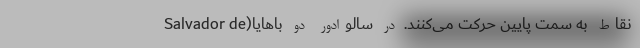
نقاط به سمت پایین حرکت می‌کنند. در سالوادور دو باهایا(Salvador de